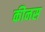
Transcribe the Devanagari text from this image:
कीनस